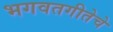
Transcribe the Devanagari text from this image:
भगवतगीतेचे